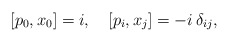
\begin{align*}[p_0, x_0] = i, \quad [p_i, x_j] = -i \, \delta_{ij},\end{align*}